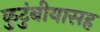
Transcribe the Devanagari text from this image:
कुटुंबीयासह